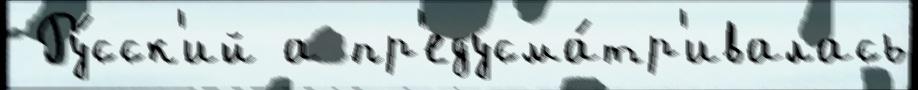
 Ру́сск'ий а пр'едусма́тр'ивалась